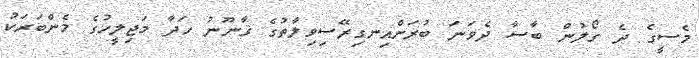
މެސީގެ ދެ ގޯލުން ބާސާ ދެވަނަ ބުރަށްއިނގިރޭސިވިލާތުގެ ޤާނޫނު ހަދާ މަޖިލީހުގެ މެންބަރަކު